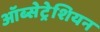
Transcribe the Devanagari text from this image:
ऑब्सेट्रेशियन